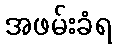
အဖမ်းခံရ